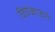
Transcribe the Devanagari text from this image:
विवेकावरी